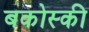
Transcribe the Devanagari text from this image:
बकोस्की